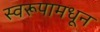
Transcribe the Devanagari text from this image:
स्वरूपामधून